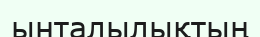
ынталылықтың